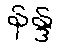
နန္ဒ